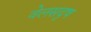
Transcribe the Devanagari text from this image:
वेलसदृष